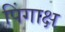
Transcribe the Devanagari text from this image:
पिंगाक्ष